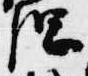
綱